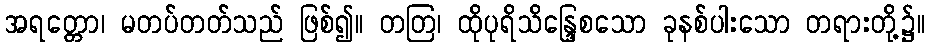
အရတ္တော၊ မတပ်တတ်သည် ဖြစ်၍။ တတြ၊ ထိုပုရိသိန္ဒြေစသော ခုနစ်ပါးသော တရားတို့၌။